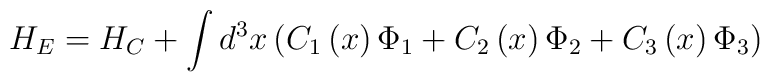
H_E=H_C+\int d^3x\left( C_1\left( x\right) \Phi _1+C_2\left( x\right) \Phi_2+C_3\left( x\right) \Phi _3\right)